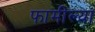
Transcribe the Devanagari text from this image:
फामील्या